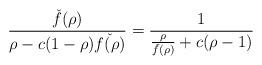
LaTeX: \begin{align*}\frac{\check{f}(\rho)}{\rho-c(1-\rho)\check{f(\rho)}} &= \frac1{\frac{\rho}{\check{f}(\rho)}+c(\rho-1)}\end{align*}